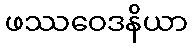
ဖဿဝေဒနိယာ